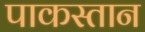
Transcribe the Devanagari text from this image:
पाकस्तान